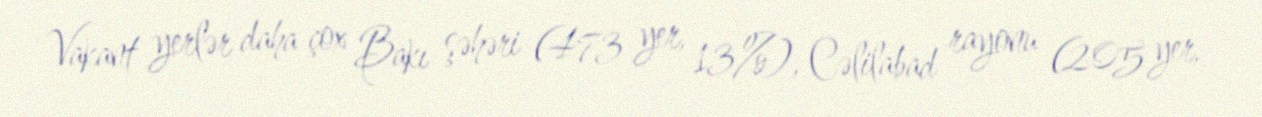
Vakant yerlər daha çox Bakı şəhəri (473 yer, 13%), Cəlilabad rayonu (205 yer,